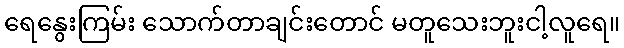
ရေနွေးကြမ်း သောက်တာချင်းတောင် မတူသေးဘူးငါ့လူရေ။